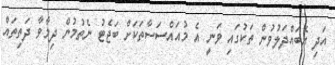
އަދި އެބައްދަލުވުން ތަކުގައި ވަނީ އެ މުއައްސަސާތަކަށް ބަޖެޓު ނެތުމުން ދިމާވާ ދަތިތައް